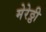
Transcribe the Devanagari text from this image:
मेरेठ्ठी